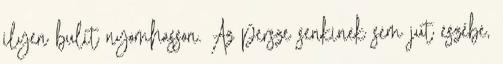
ilyen bulit nyomhasson. Az persze senkinek sem jut eszébe,